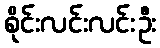
စိုင်းလင်းလင်းဦး